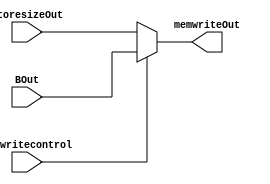

module mux_memwrite(input wire [31:0] StoresizeOut, //0
              input wire [31:0] BOut, //1
              input wire memwritecontrol,
              output wire [31:0] memwriteOut);
  
  assign memwriteOut = (memwritecontrol == 1'b0) ? StoresizeOut : BOut;
  
  
endmodule